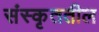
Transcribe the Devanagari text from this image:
संस्कृततील